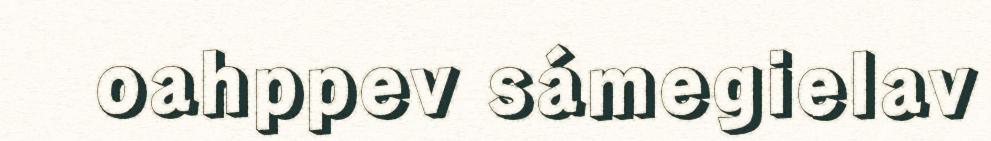
oahppev sámegielav